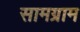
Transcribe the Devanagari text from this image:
सामग्राम